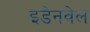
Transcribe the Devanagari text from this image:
इडेनवेल